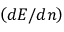
\left( d E / d n \right)